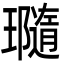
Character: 瓍